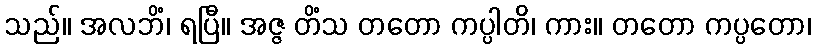
သည်။ အလဘိံ၊ ရပြီ။ အဇ္ဇ တိံသ တတော ကပ္ပါတိ၊ ကား။ တတော ကပ္ပတော၊